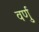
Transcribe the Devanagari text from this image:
वर्णु